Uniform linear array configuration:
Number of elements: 12
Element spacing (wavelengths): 0.5
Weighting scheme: uniform
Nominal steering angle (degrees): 45
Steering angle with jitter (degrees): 45.399
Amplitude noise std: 0.05
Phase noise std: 0.05

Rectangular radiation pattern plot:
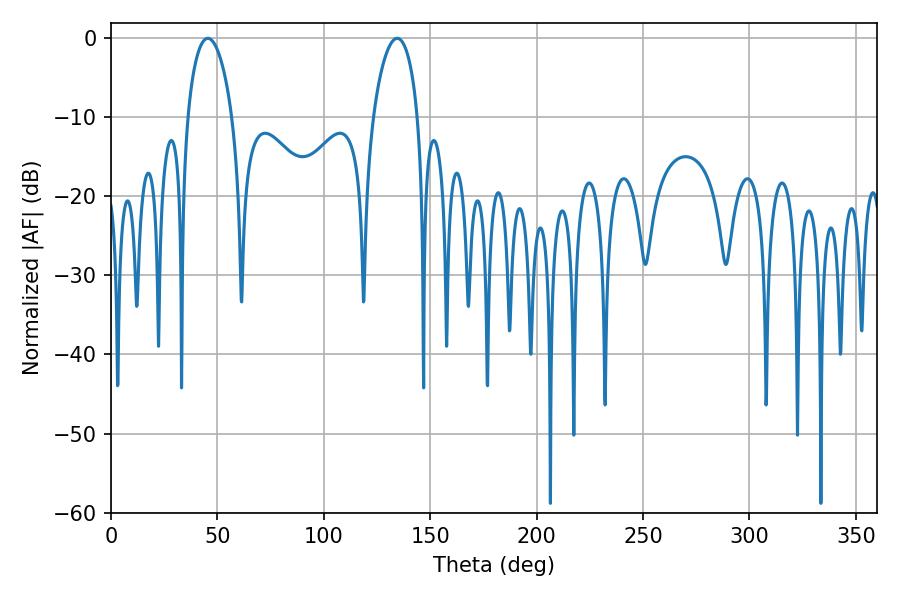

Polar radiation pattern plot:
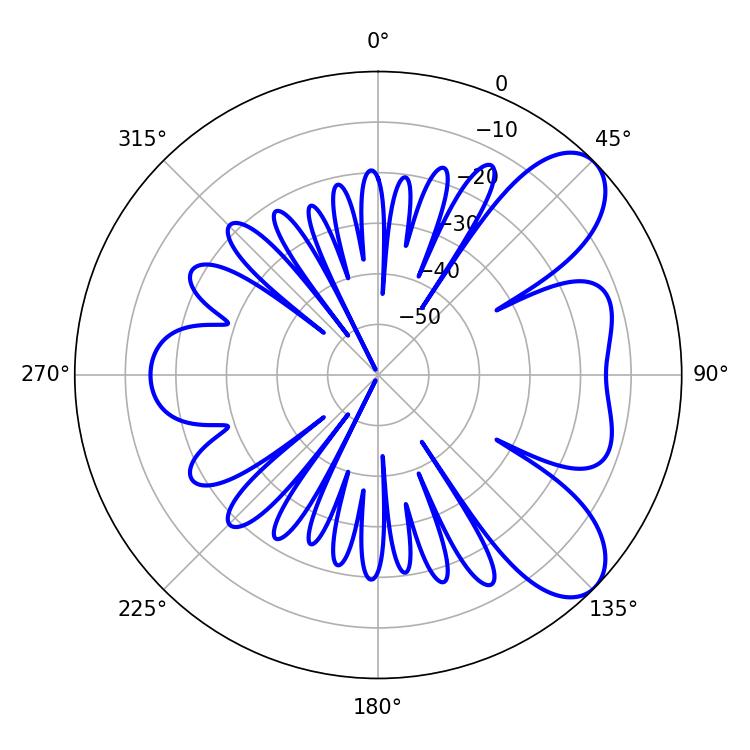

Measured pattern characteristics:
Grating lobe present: FALSE
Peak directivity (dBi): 7.732
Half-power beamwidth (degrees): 12.06
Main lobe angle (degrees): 45.54